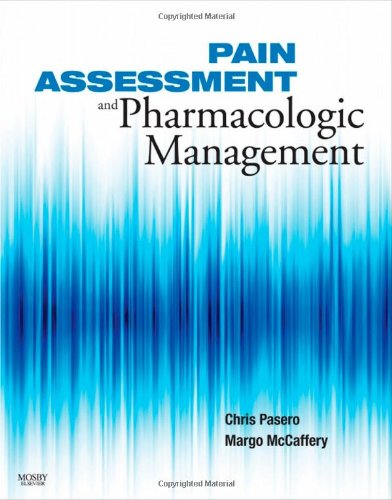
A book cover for Pain Assessment and Pharmacologic Management, 1e (Pasero, Pain Assessment and Pharmacologic Managerment); Betty Rolling Ferrell; Medical Books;